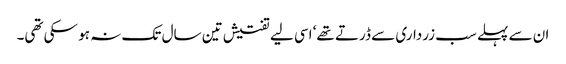
ان سے پہلے سب زرداری سے ڈرتے تھے‘ اسی لیے تفتیش تین سال تک نہ ہو سکی تھی۔